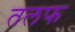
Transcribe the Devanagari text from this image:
तलफ